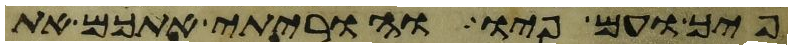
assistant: פיך ועם פיו והוריתי אתכם את